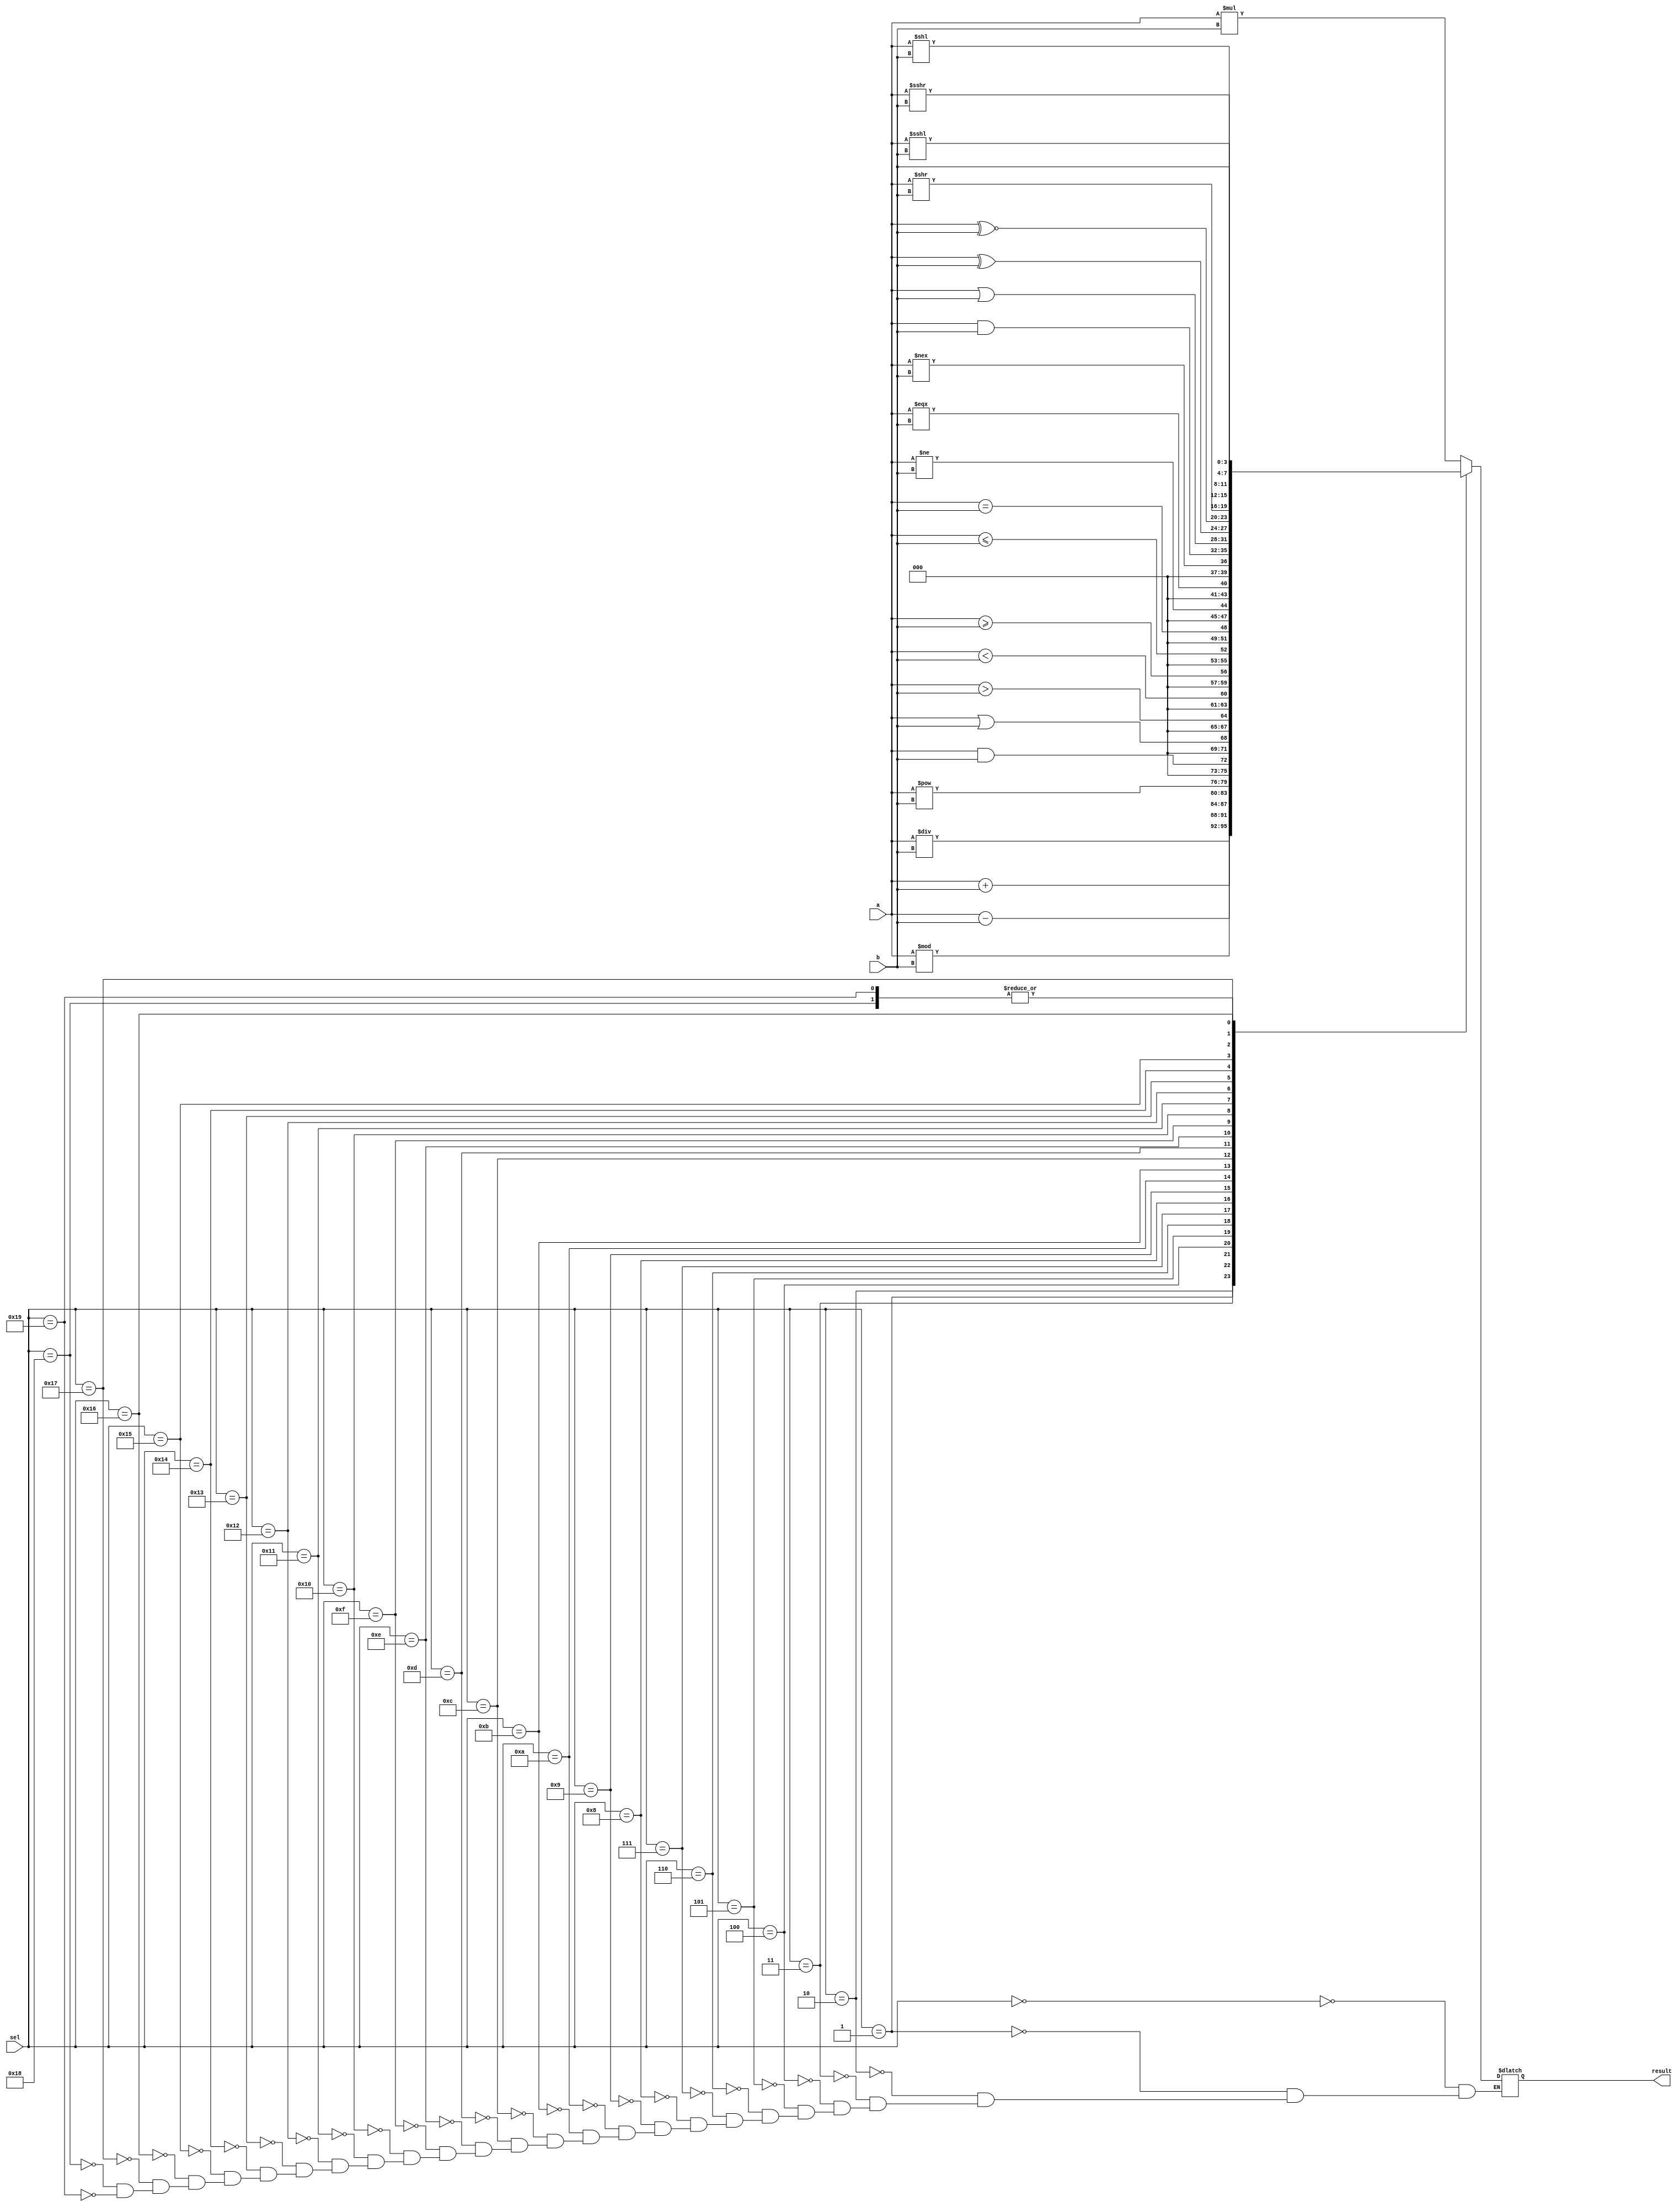
module ALU (a,b,sel,result);
input  wire [3:0]a,b;
input wire [7:0] sel;
output reg [3:0]result;



always@(*)begin
   case (sel)
     //Two Operands

        //Arthmetic
            8'b0000_0000 : result = a * b;
            8'b0000_0001 : result = a / b;
            8'b0000_0010 : result = a + b;
            8'b0000_0011 : result = a - b;
            8'b0000_0100 : result = a % b;
		    8'b0000_0101 : result = a ** b;
       //Logical
   	 	    8'b0000_0110 : result = a && b;
		    8'b0000_0111 : result = a || b;

	   //Relational
	        8'b0000_1000 : result = a > b;
			8'b0000_1001 : result = a < b;
			8'b0000_1010 : result = a >= b;
			8'b0000_1011 : result = a <= b;

	  //Equality
	        8'b0000_1100 : result = a == b;
			8'b0000_1101 : result = a != b;
			8'b0000_1110 : result = a === b;
			8'b0000_1111 : result = a !== b;

	 //Bitwise
	        8'b0001_0000 : result = a & b;
			8'b0001_0001 : result = a | b;
			8'b0001_0010 : result = a ^ b;
			8'b0001_0011 : result = a ~^ b;


	//shift
	        8'b0001_0100 : result = a >> b;
            8'b0001_0101 : result = a << b;
            8'b0001_0110 : result = a >>> b;
            8'b0001_0111 : result = a <<< b;


    //concatenation and replication
	        8'b0001_1000 : result = {a,b};
			8'b0001_1001 : result = {{a,b}};
			

		default : $display("CHECK THE INPUT");
   endcase
   end
endmodule